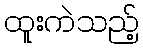
ထူးကဲသည့်